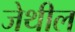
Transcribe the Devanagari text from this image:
जेथील